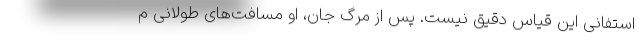
استفانی این قیاسْ دقیق نیست. پس از مرگ جان، او مسافت‌های طولانی م